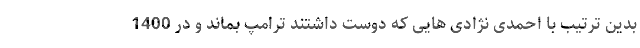
بدین ترتیب با احمدی نژادی هایی که دوست داشتند ترامپ بماند و در 1400